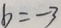
b = - 3